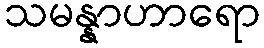
သမန္နာဟာရော